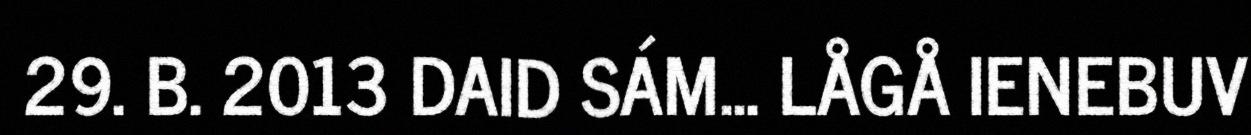
29. B. 2013 DAID SÁM... LÅGÅ IENEBUV